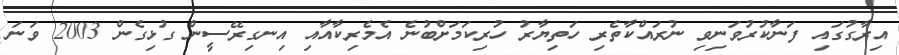
އިރާގުގައި ފަނާކުރުވަނިވި ނުރައްކާތެރި ހަތިޔާރު ހުރިކަމަށްބުނެ އެމެރިކާއާއި އިނގިރޭސީން ގުޅިގެން 2003 ވަނަ